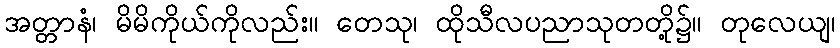
အတ္တာနံ၊ မိမိကိုယ်ကိုလည်း။ တေသု၊ ထိုသီလပညာသုတတို့၌။ တုလေယျ၊